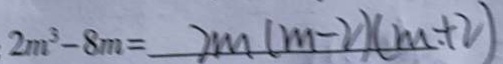
2 m ^ { 3 } - 8 m = 7 m ( m - 2 ) ( m + 2 )